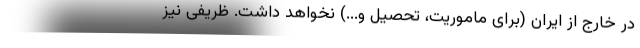
در خارج از ايران (براى ماموريت، تحصيل و...) نخواهد داشت. ظريفى نيز